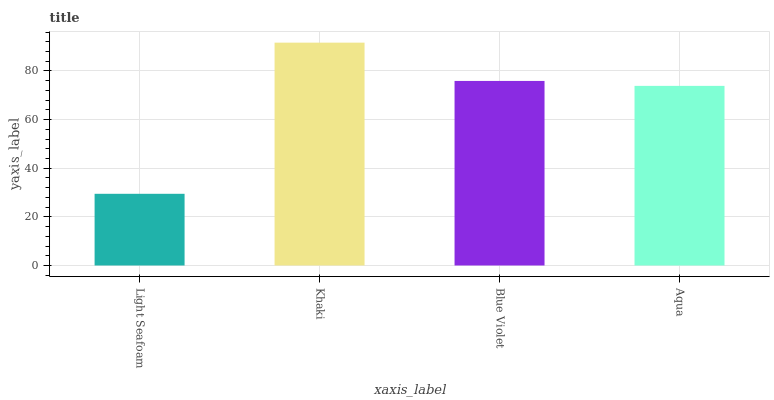
| xaxis_label | bars |
 | --- | --- |
 | Light Seafoam | 29.5 |
 | Khaki | 91.6 |
 | Blue Violet | 75.9 |
 | Aqua | 73.9 |